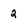
Character: 2